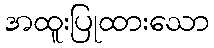
အထူးပြုထားသော